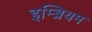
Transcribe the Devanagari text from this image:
इम्ब्रियम